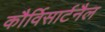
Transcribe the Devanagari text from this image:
कौर्विसार्टनैल